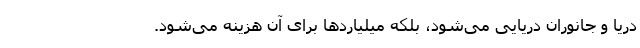
دریا و جانوران دریایی می‌شود، بلکه میلیارد‌ها برای آن هزینه می‌شود.